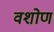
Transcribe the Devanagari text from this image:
वशोण